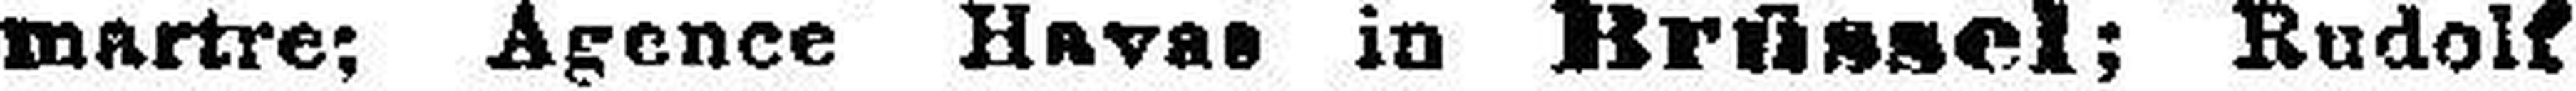
martre: Agence Havas in Brüssel; Rudolf